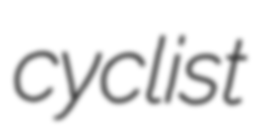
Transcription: cyclist